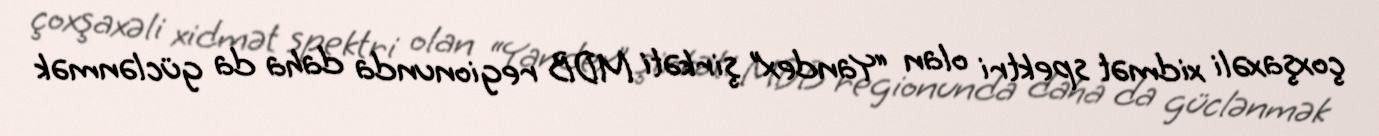
çoxşaxəli xidmət spektri olan “Yandex” şirkəti MDB regionunda daha da güclənmək